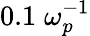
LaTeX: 0.1\; \omega_{p}^{-1}